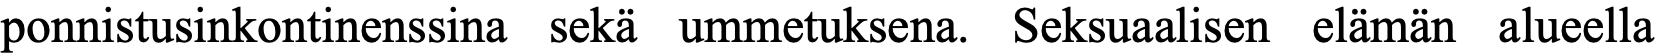
ponnistusinkontinenssina sekä ummetuksena. Seksuaalisen elämän alueella